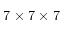
7 \times 7 \times 7